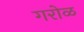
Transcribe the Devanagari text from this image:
गरोळ